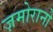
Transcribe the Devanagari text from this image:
ज़मोरानो